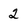
Character: 2